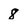
Character: 8